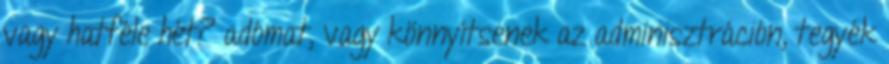
vagy hatféle hét? adómat, vagy könnyítsenek az adminisztráción, tegyék